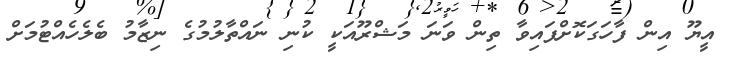
އީޔޫ އިން ފާހަގަކޮށްފައިވާ ތިން ވަނަ މަޝްރޫއަކީ ކުނި ނައްތާލުމުގެ ނިޒާމު ބެލެހެއްޓުމަށް